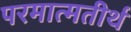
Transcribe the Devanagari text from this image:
परमात्मतीर्थ